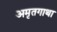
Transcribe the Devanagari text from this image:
अमृतगाथा